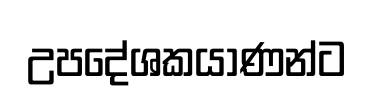
උපදේශකයාණන්ට